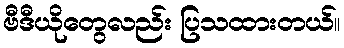
ဗီဒီယိုတွေလည်း ပြသထားတယ်။